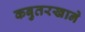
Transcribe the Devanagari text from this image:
कबुतरखाने